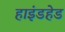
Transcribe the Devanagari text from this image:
हाइंडहेड